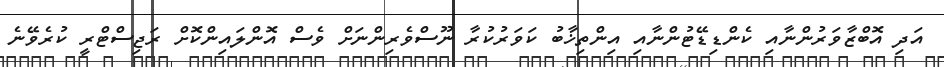
އަދި އޮބްޒާވަރުންނާއި ކެންޑިޑޭޓުންނާއި އިންތިޚާބު ކަވަރުކުރާ ނޫސްވެރިންނަށް ވެސް އޮންލައިންކޮށް ރަޖިސްޓްރީ ކުރެވޭނެ